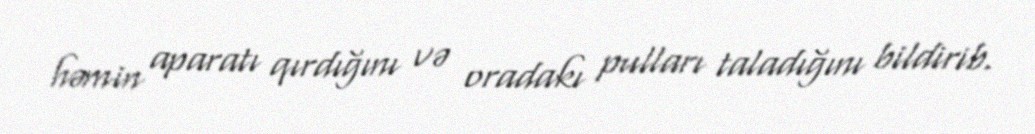
həmin aparatı qırdığını və oradakı pulları taladığını bildirib.